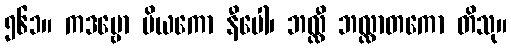
၅၆၁။ ကဒမ္ဗော ပိယကော နီပေါ၊ ဘလ္လီ ဘလ္လာတကော တိသု။